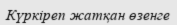
Күркіреп жатқан өзенге